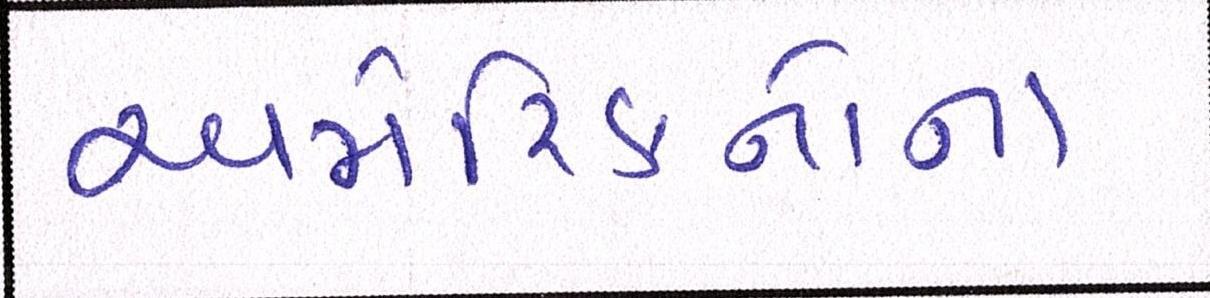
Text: અમેરિકનોના